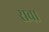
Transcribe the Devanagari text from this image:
रावा